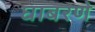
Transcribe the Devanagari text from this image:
घाबरणे